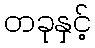
တခုနှင့်